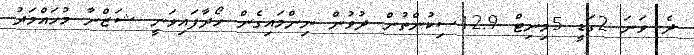
ދެ ވަނަ 2ގަޑީ 5މިނިޓް 12.9ސިކުންތުން ދުވުން ނިންމައިގެން ހޯދާފައިވަނީ ޝަޒްނާ މުހައްމަދު